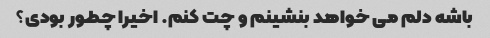
باشه دلم می خواهد بنشینم و چت کنم. اخیرا چطور بودی؟